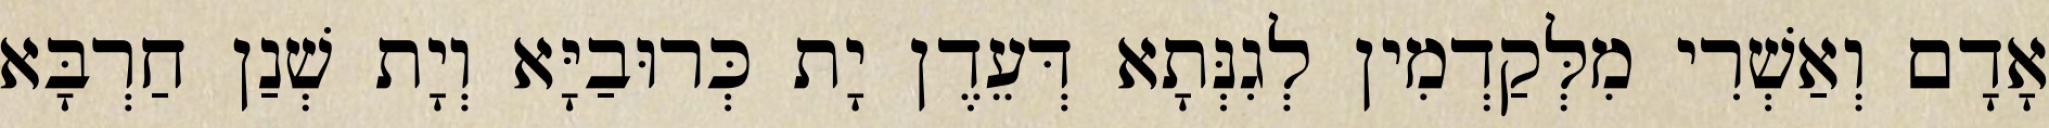
אָדָם וְאַשְׁרִי מִלְּקַדְמִין לְגִנְּתָא דְּעֵדֶן יָת כְּרוּבַיָּא וְיָת שְׁנַן חַרְבָּא